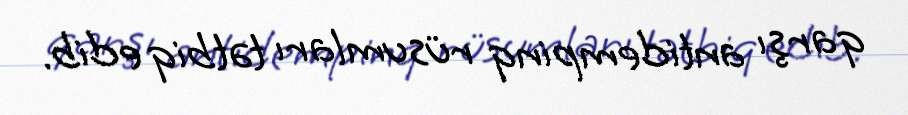
qarşı antidempinq rüsumları tətbiq edib.